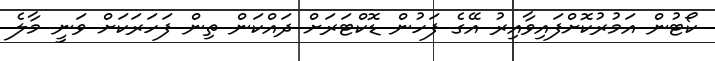
ކޯޓުން އަމުރުކޮށްފައިވާއިރު އޭގެ ފަހުން ޑޮކްޓަރަށް ދައްކަން ތިން ފަހަރަކަށް ވަނީ މާލެ